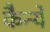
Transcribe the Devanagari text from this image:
कैन्ये